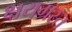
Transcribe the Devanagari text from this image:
क्षयग्रस्त